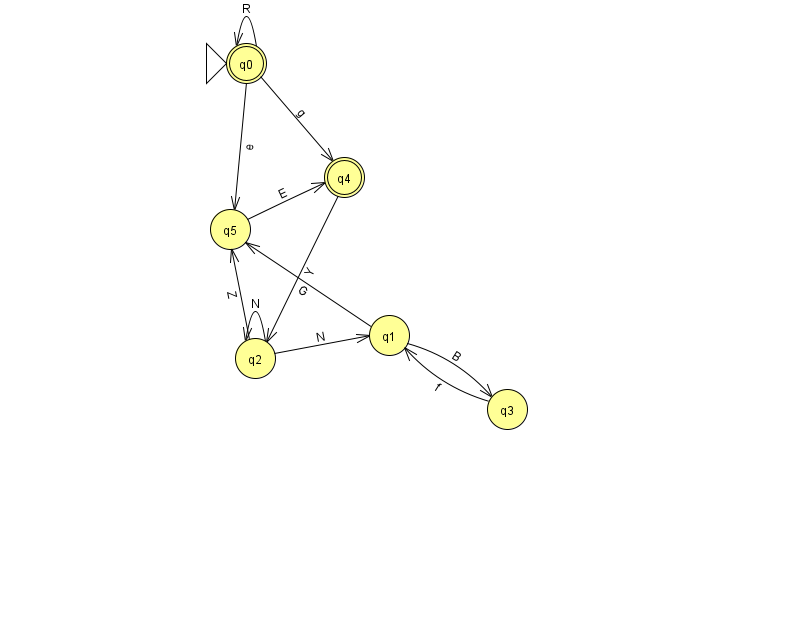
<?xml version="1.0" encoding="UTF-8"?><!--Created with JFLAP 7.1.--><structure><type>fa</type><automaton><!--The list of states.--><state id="0" name="q0"><x>246.0</x><y>50.0</y><initial/><final/></state><state id="1" name="q1"><x>389.0</x><y>322.0</y></state><state id="2" name="q2"><x>255.0</x><y>345.0</y></state><state id="3" name="q3"><x>507.0</x><y>396.0</y></state><state id="4" name="q4"><x>344.0</x><y>164.0</y><final/></state><state id="5" name="q5"><x>230.0</x><y>216.0</y></state><!--The list of transitions.--><transition><from>0</from><to>0</to><read>R</read></transition><transition><from>1</from><to>5</to><read>G</read></transition><transition><from>5</from><to>4</to><read>E</read></transition><transition><from>0</from><to>4</to><read>g</read></transition><transition><from>0</from><to>5</to><read>e</read></transition><transition><from>3</from><to>1</to><read>f</read></transition><transition><from>2</from><to>5</to><read>Z</read></transition><transition><from>4</from><to>2</to><read>Y</read></transition><transition><from>1</from><to>3</to><read>B</read></transition><transition><from>2</from><to>1</to><read>N</read></transition><transition><from>2</from><to>2</to><read>N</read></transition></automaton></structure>